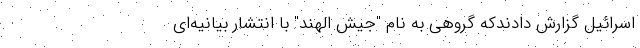
اسرائیل گزارش دادندکه گروهی به نام "جیش الهند" با انتشار بیانیه‌ای